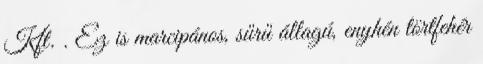
Kft. . Ez is marcipános, sűrű állagú, enyhén törtfehér